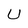
Character: U